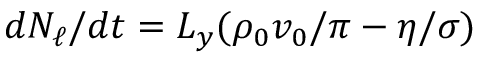
d { N _ { \ell } } / d t = L _ { y } ( \rho _ { 0 } v _ { 0 } / \pi - \eta / \sigma )